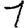
Digit: 1